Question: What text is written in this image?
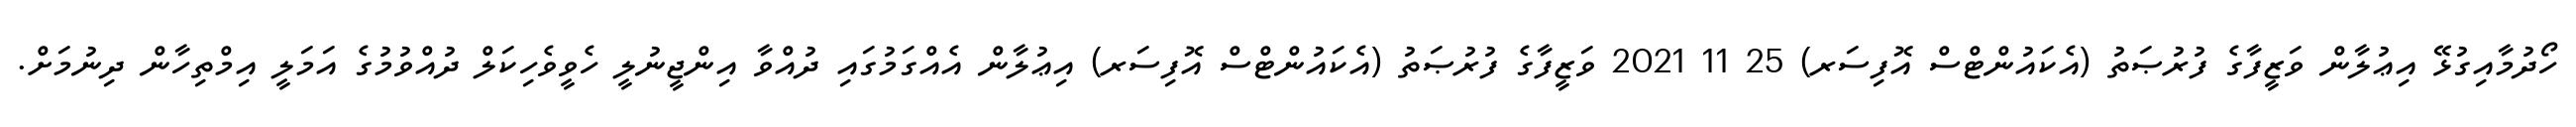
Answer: ހޯދުމާއިގުޅޭ އިޢުލާން ވަޒީފާގެ ފުރުޞަތު (އެކައުންޓްސް އޮފިސަރ) 25 11 2021 ވަޒީފާގެ ފުރުޞަތު (އެކައުންޓްސް އޮފިސަރ) އިޢުލާން އެއްގަމުގައި ދުއްވާ އިންޖީނުލީ ހެވީވެހިކަލް ދުއްވުމުގެ އަމަލީ އިމްތިހާން ދިނުމަށް.